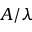
A / \lambda